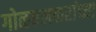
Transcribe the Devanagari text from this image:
गोळवलकरांच्या